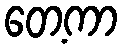
တေ့ကာ